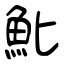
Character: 魮